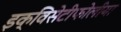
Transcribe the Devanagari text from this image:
इक्विसेटीफोलीया